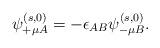
LaTeX: \begin{align*}\psi^{(s,0)}_{+ \mu A} = - \epsilon_{AB} \psi^{(s,0)}_{- \mu B}.\end{align*}